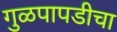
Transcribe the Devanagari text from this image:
गुळपापडीचा